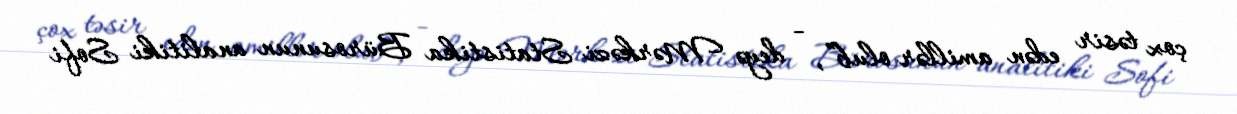
çox təsir edən amillər olub”, - deyə Mərkəzi Statistika Bürosunun analitiki Sofi